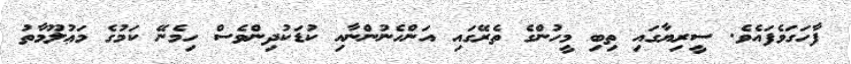
ފާހަގަވެފައެވެ. ސީރިޔާގައި ތިބި މީހުންގެ ތެރޭގައި އަންހެނުންނާއި ކުޑަކުދިންވެސް ހިމެނޭ ކަމުގެ މަޢުލޫމާތު